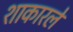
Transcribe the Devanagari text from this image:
शाकारले